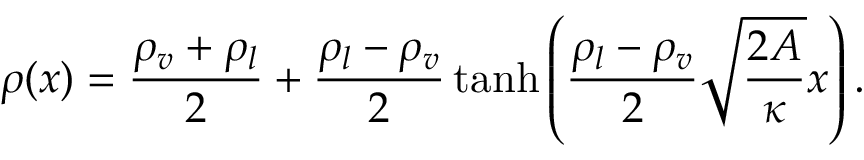
\rho ( x ) = \frac { \rho _ { v } + \rho _ { l } } { 2 } + \frac { \rho _ { l } - \rho _ { v } } { 2 } \operatorname { t a n h } \left( \frac { \rho _ { l } - \rho _ { v } } { 2 } \sqrt { \frac { 2 A } { \kappa } } x \right) .